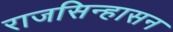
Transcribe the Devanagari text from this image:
राजसिन्हासन